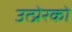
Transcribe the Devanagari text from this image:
उत्प्रेरको